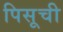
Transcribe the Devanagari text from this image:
पिसूची